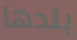
بلدها